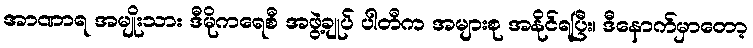
အာဏာရ အမျိုးသား ဒီမိုကရေစီ အဖွဲ့ချုပ် ပါတီက အများစု အနိုင်ရပြီး၊ ဒီနောက်မှာတော့